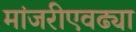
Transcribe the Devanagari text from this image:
मांजरीएवढ्या